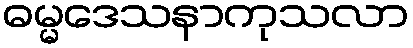
ဓမ္မဒေသနာကုသလာ